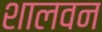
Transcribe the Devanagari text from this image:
शालवन